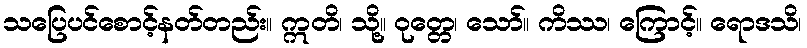
သပြေပင်စောင့်နတ်တည်း။ ဣတိ၊ သို့။ ဝုတ္တေ၊ သော်။ ကိဿ၊ ကြောင့်။ ရောဒသိ၊